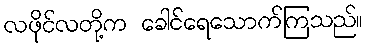
လဖိုင်လတို့က ခေါင်ရေသောက်ကြသည်။